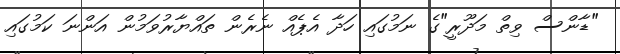
"ޑާންސް ވިތް މަދޫރީ"ގެ ނަމުގައި ހަދާ އެޕެއް ނެރެން ތައްޔާރުވަމުން އަންނަ ކަމުގައި